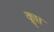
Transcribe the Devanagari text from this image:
क्लृप्त